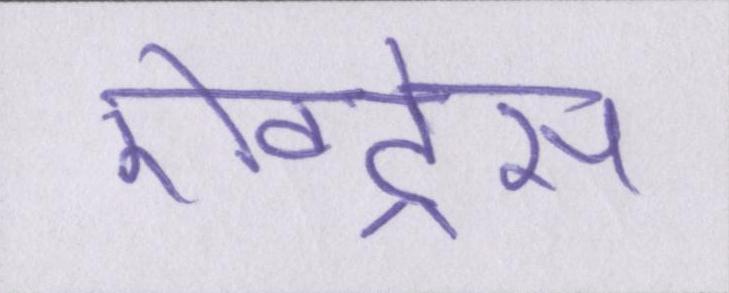
ऐक्ट्रेस